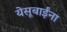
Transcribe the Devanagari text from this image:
येसूबाईंना